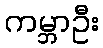
ကမ္ဘာဦး